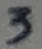
Text: 3